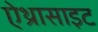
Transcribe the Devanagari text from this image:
ऐथ्रासाइट